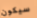
سيكون